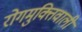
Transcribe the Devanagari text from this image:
रोगमुक्तिवाली